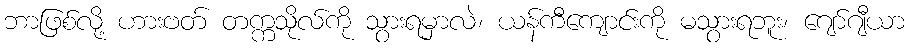
ဘာဖြစ်လို့ ဟားဗတ် တက္ကသိုလ်ကို သွားရမှာလဲ၊ ယန်ကီကျောင်းကို မသွားရဘူး၊ ဂျော်ဂျီယာ